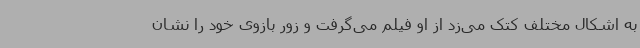
به اشکال مختلف کتک می‌زد از او فیلم می‌گرفت و زور بازوی خود را نشان